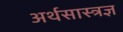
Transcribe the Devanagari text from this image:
अर्थसास्त्रज्ञ